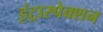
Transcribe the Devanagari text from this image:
इंट्रास्पेक्शन